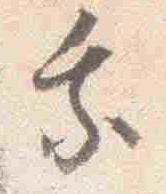
参